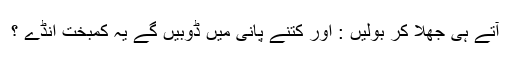
آتے ہی جھلا كر بوليں : اور كتنے پانی ميں ڈوبیں گے یہ كمبخت انڈے ؟